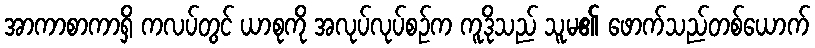
အာကာစာကာရှိ ကလပ်တွင် ယာစုကို အလုပ်လုပ်စဉ်က ကူဒိုသည် သူမ၏ ဖောက်သည်တစ်ယောက်